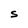
Character: S